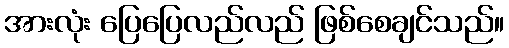
အားလုံး ပြေပြေလည်လည် ဖြစ်စေချင်သည်။